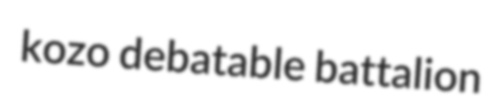
kozo debatable battalion